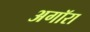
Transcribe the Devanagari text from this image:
अगॉरा